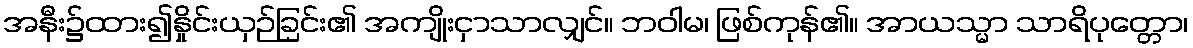
အနီး၌ထား၍နှိုင်းယှဉ်ခြင်း၏ အကျိုးငှာသာလျှင်။ ဘဝါမ၊ ဖြစ်ကုန်၏။ အာယသ္မာ သာရိပုတ္တော၊